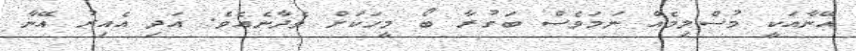
އޭނާއަކީ މުސްލިމެއް ނަމަވެސް ބަގުރާ ބޯ މީހަކަށް ވެދާނެއެވެ. އަދި އެއިރު އޭނާ